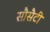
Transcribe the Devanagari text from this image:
सौसैटी